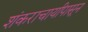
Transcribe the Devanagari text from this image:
शंकराचार्यांपासून